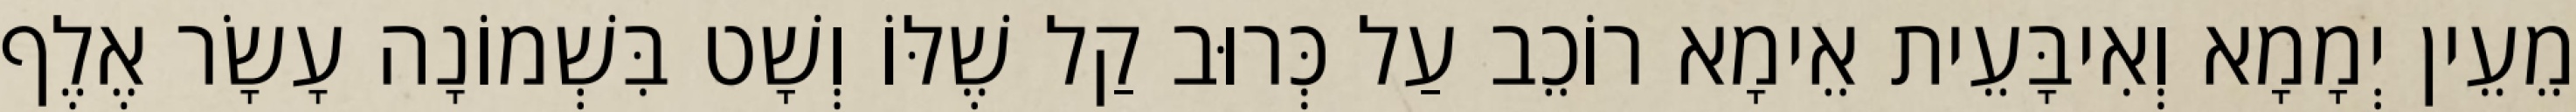
מֵעֵין יְמָמָא וְאִיבָּעֵית אֵימָא רוֹכֵב עַל כְּרוּב קַל שֶׁלּוֹ וְשָׁט בִּשְׁמוֹנָה עָשָׂר אֶלֶף